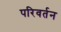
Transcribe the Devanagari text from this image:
परिवर्तन